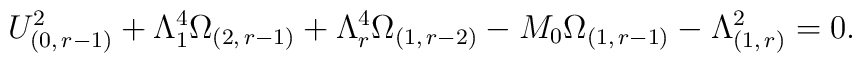
U_{(0,\, r-1)}^{2}+\Lambda _{1}^{4}\Omega_{(2,\, r-1)}+\Lambda _{r}^{4}\Omega_{(1,\, r-2)}-M_{0}\Omega_{(1,\, r-1)}- \Lambda _{(1,\, r)}^{2}=0.